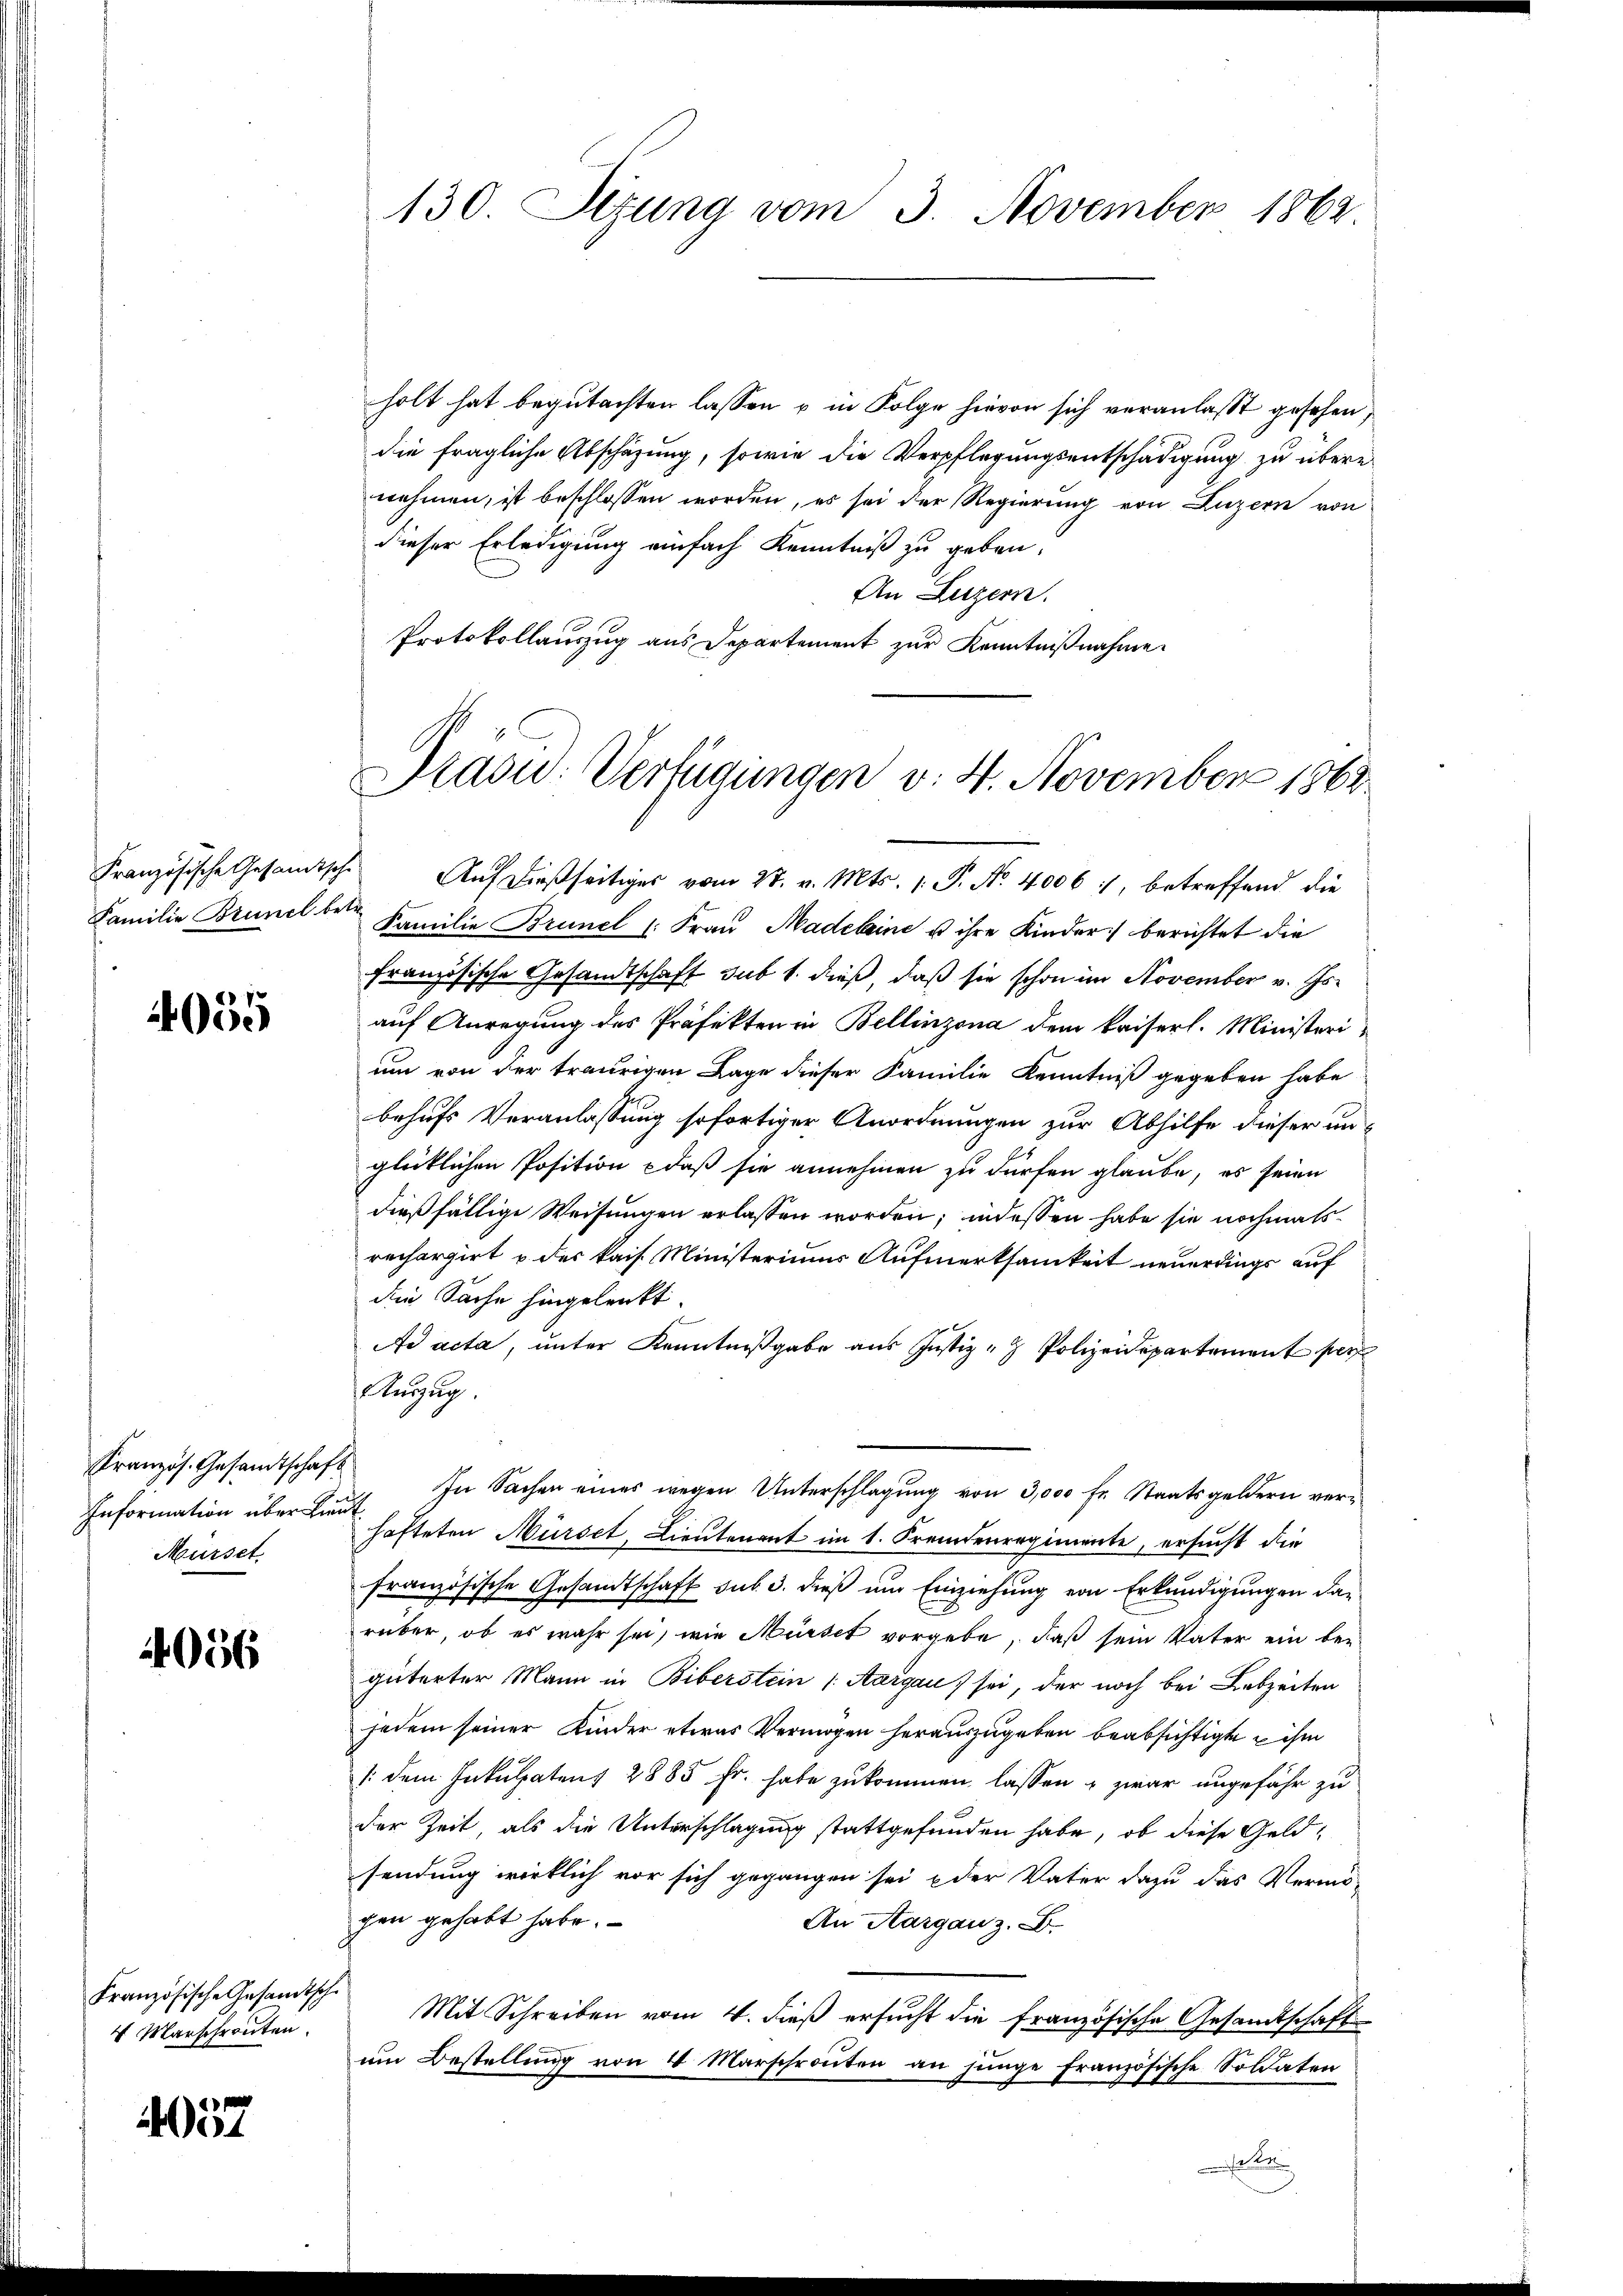
4055

Kranzös. Gesandtschaf
Information über die
Mürset

4056

Französische Gesandtsch
4. Marschronten.

4057

130. Sizung vom 3. November 1862.

holt hat begutachten lassen u in Folge hievon sich veranlaßt gesehen,
die fragliche Abschäzung, sowie die Verpflegungsentschädigung zu übere
nehmen, ist beschlossen worden, es sei der Regierung von Luzern von
dieser Erledigung einfach Kenntniß zu geben:
An Luzern.
Protokollauszug aus Departement zur Kenntnißnahme.

Präsid. Verfügungen v. 4. November 1862

Französische Gesandtsche Auf dießseitiges vom 27. v. Mts. 1. P. Nr. 4006 1, betreffend die
Familie Brunel bei Familie Brunel 1. Frau Madeleine u ihre Kinder) berichtet die
französische Gesandtschaft sub 1. dieß, daß sie schon im November v. Js.
auf Anregung des Präfekten in Bellinzona dem kaiserl. Ministerium von der traurigen Lage dieser Familie Kenntniß gegeben habe
behufs Veranlassung sofortiger Anordnungen zur Abhilfe dieser un-
glücklichen Position daß sie annehmen zu dürfen glaube, es seien
dießfällige Weisungen erlassen worden; indessen habe sie nochmals
rechargirt u. des kais. Ministeriums Aufmerksamkeit neuerdings auf
die Sache hingelenkt.
Ad acta, unter Kenntnißgabe aus Justiz - Polizeidepartement per
Auszug.
In Sachen eines wegen Unterschlagung von 3,000 Fr. Staatsgeldern vert
hafteten Mürsct, Lieutenant im 1. Fremdenregimente, ersucht die
französische Gesandtschaft sub. 3. dieß und Einziehung von Erkundigungen dan
rüber, ob es wahr sei, wie Mürset vorgebe, daß sein Vater ein be-
güterter Mann in Biberstein (Aargau sei, der noch bei Lebzeiten
jedem seiner Kinder etwas Vermögen herauszugeben beabsichtigte u ihm
1: dem Inkulpatens 2885 Fr. habe zukommen lassen & zwar ungefähr zu
der Zeit, als die Unterschlagung stattgefunden habe, ob diese Geldsendung wirklich vor sich gegangen sei der Vater dazu das Vermögen gehabt habe.
An Aargau z. B.
Mit Schreiben vom 4. dieß ersucht die französische Gesandtschaft
um Bestellung von 4 Marschrouten an junge Französische Soldaten
t